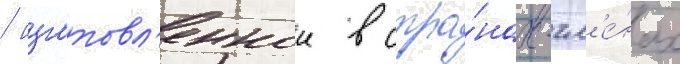
/ изготовл'еннои в стра́нах-чл'е́нах